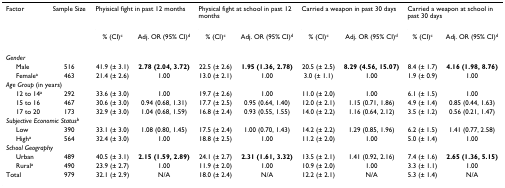
<table><thead><tr><td><b>Factor</b></td><td><b>Sample Size</b></td><td colspan="2"><b>Phyisical fight in past 12 months</b></td><td colspan="2"><b>Physical fight at school in past 12 months</b></td><td colspan="2"><b>Carried a weapon in past 30 days</b></td><td colspan="2"><b>Carried a weapon at school in past 30 days</b></td></tr><tr><td></td><td></td><td><b>% (CI)<sup>c</sup></b></td><td><b>Adj. OR (95% CI)<sup>d</sup></b></td><td><b>% (CI)<sup>c</sup></b></td><td><b>Adj. OR (95% CI)<sup>d</sup></b></td><td><b>% (CI)<sup>c</sup></b></td><td><b>Adj. OR (95% CI)<sup>d</sup></b></td><td><b>% (CI)<sup>c</sup></b></td><td><b>Adj. OR (95% CI)<sup>d</sup></b></td></tr></thead><tbody><tr><td colspan="10"><i>Gender</i></td></tr><tr><td> Male</td><td>516</td><td>41.9 (± 3.1)</td><td><b>2.78 (2.04, 3.72)</b></td><td>22.5 (± 2.6)</td><td><b>1.95 (1.36, 2.78)</b></td><td>20.5 (± 2.5)</td><td><b>8.29 (4.56, 15.07)</b></td><td>8.4 (± 1.7)</td><td><b>4.16 (1.98, 8.76)</b></td></tr><tr><td> Female<sup>a</sup></td><td>463</td><td>21.4 (± 2.6)</td><td>1.00</td><td>13.0 (± 2.1)</td><td>1.00</td><td>3.0 (± 1.1)</td><td>1.00</td><td>1.9 (± 0.9)</td><td>1.00</td></tr><tr><td colspan="10"><i>Age Group </i>(in years)</td></tr><tr><td> 12 to 14<sup>a</sup></td><td>292</td><td>33.6 (± 3.0)</td><td>1.00</td><td>19.7 (± 2.6)</td><td>1.00</td><td>11.0 (± 2.0)</td><td>1.00</td><td>6.1 (± 1.5)</td><td>1.00</td></tr><tr><td> 15 to 16</td><td>467</td><td>30.6 (± 3.0)</td><td>0.94 (0.68, 1.31)</td><td>17.7 (± 2.5)</td><td>0.95 (0.64, 1.40)</td><td>12.0 (± 2.1)</td><td>1.15 (0.71, 1.86)</td><td>4.9 (± 1.4)</td><td>0.85 (0.44, 1.63)</td></tr><tr><td> 17 to 20</td><td>173</td><td>32.9 (± 3.0)</td><td>1.04 (0.68, 1.59)</td><td>16.8 (± 2.4)</td><td>0.93 (0.55, 1.55)</td><td>14.0 (± 2.2)</td><td>1.16 (0.64, 2.12)</td><td>3.5 (± 1.2)</td><td>0.56 (0.21, 1.47)</td></tr><tr><td colspan="10"><i>Subjective Economic Status</i><sup>b</sup></td></tr><tr><td> Low</td><td>390</td><td>33.1 (± 3.0)</td><td>1.08 (0.80, 1.45)</td><td>17.5 (± 2.4)</td><td>1.00 (0.70, 1.43)</td><td>14.2 (± 2.2)</td><td>1.29 (0.85, 1.96)</td><td>6.2 (± 1.5)</td><td>1.41 (0.77, 2.58)</td></tr><tr><td> High<sup>a</sup></td><td>564</td><td>32.4 (± 3.0)</td><td>1.00</td><td>18.8 (± 2.5)</td><td>1.00</td><td>11.2 (± 2.0)</td><td>1.00</td><td>5.0 (± 1.4)</td><td>1.00</td></tr><tr><td colspan="10"><i>School Geography</i></td></tr><tr><td> Urban</td><td>489</td><td>40.5 (± 3.1)</td><td><b>2.15 (1.59, 2.89)</b></td><td>24.1 (± 2.7)</td><td><b>2.31 (1.61, 3.32)</b></td><td>13.5 (± 2.1)</td><td>1.41 (0.92, 2.16)</td><td>7.4 (± 1.6)</td><td><b>2.65 (1.36, 5.15)</b></td></tr><tr><td> Rural<sup>a</sup></td><td>490</td><td>23.9 (± 2.7)</td><td>1.00</td><td>11.9 (± 2.0)</td><td>1.00</td><td>10.9 (± 2.0)</td><td>1.00</td><td>3.3 (± 1.1)</td><td>1.00</td></tr><tr><td>Total</td><td>979</td><td>32.1 (± 2.9)</td><td>N/A</td><td>18.0 (± 2.4)</td><td>N/A</td><td>12.2 (± 2.1)</td><td>N/A</td><td>5.3 (± 1.4)</td><td>N/A</td></tr></tbody></table>